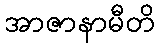
အာဇာနာမီတိ